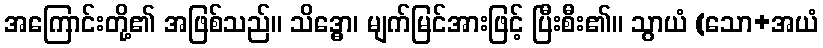
အကြောင်းတို့၏ အဖြစ်သည်။ သိဒ္ဓော၊ မျက်မြင်အားဖြင့် ပြီးစီး၏။ သွာယံ (သော+အယံ